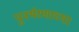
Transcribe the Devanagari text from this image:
पुनर्भरणाच्या